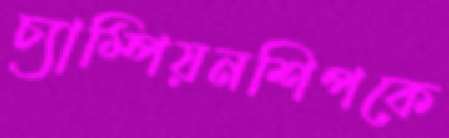
চ্যাম্পিয়নশিপকে